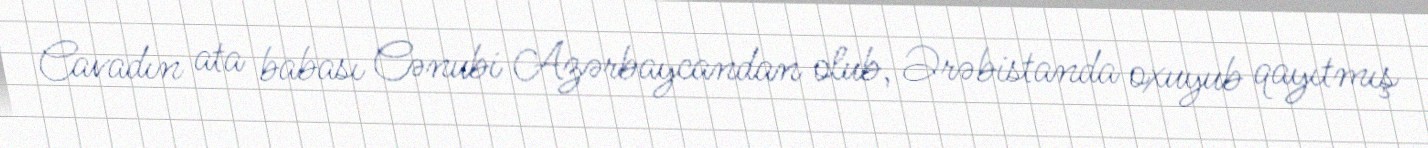
Cavadın ata babası Cənubi Azərbaycandan olub, Ərəbistanda oxuyub qayıtmış